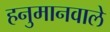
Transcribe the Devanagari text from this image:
हनुमानवाले